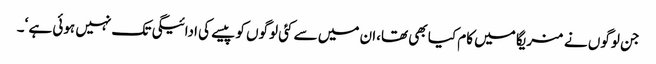
جن لوگوں نے منریگا میں کام کیا بھی تھا،ان میں سے کئی لوگوں کو پیسے کی ادائیگی تک نہیں ہوئی ہے ‘۔